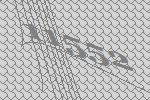
11552